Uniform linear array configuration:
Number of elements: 4
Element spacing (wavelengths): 0.75
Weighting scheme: blackman
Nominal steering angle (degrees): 45
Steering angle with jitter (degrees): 46.564
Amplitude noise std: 0.05
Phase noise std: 0.05

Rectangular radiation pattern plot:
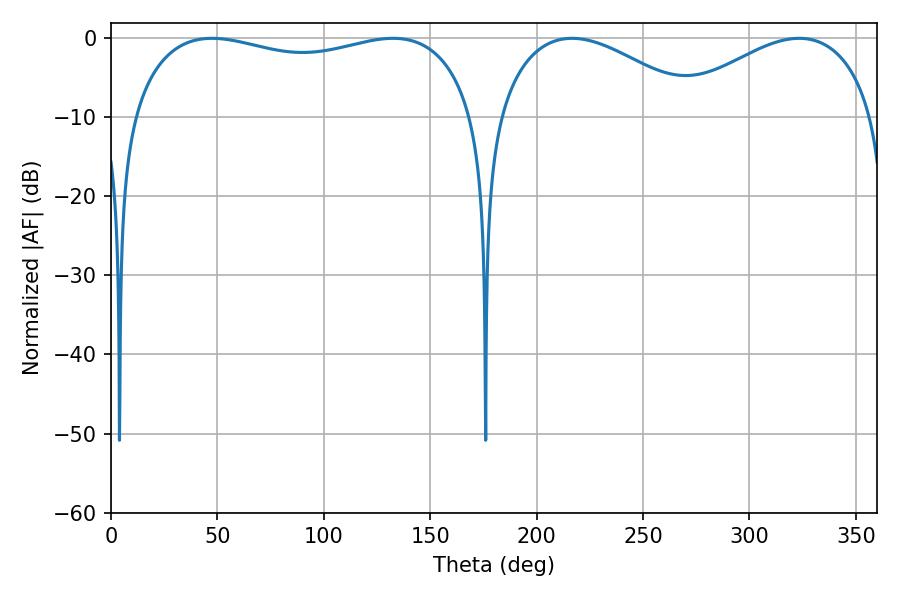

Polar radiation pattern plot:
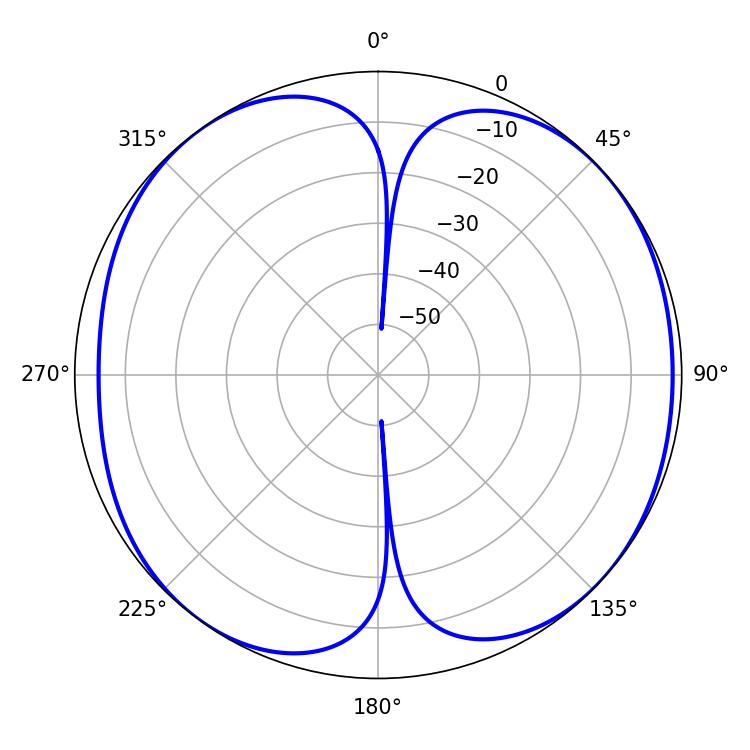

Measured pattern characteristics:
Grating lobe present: TRUE
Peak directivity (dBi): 8.435
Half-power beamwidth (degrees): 132.12
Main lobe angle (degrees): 47.52